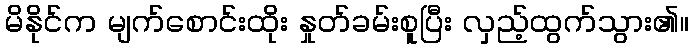
မိနိုင်က မျက်စောင်းထိုး နှုတ်ခမ်းစူပြီး လှည့်ထွက်သွား၏။